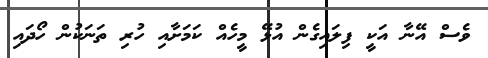
ވެސް އޭނާ އަކީ ފިލައިގެން އުޅޭ މީހެއް ކަމަށާއި ހުރި ތަނަކުން ހޯދައި